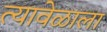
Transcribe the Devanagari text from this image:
त्यावेळाला